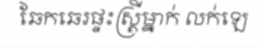
ឆែកឆេរផ្ទះស្ត្រីម្នាក់ លក់ឡេ